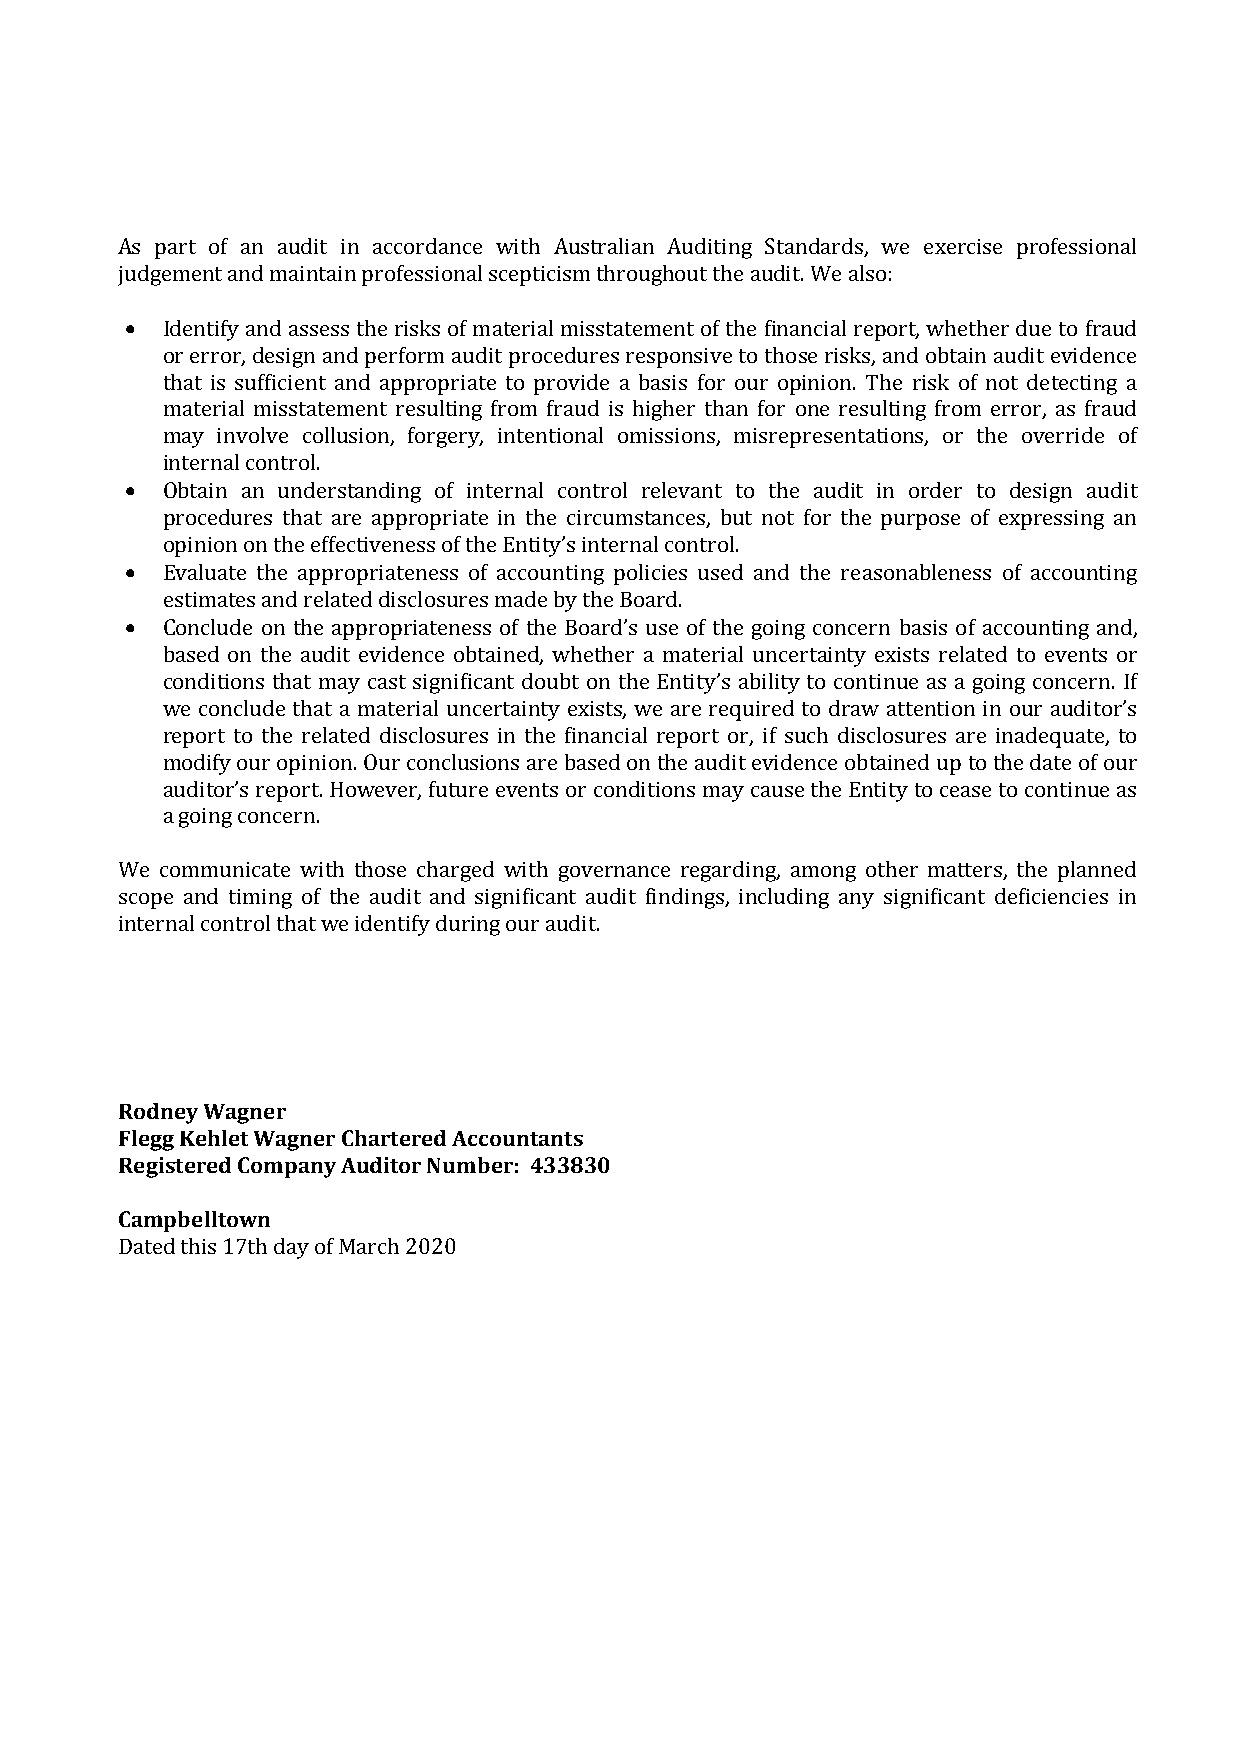
As part of an audit in accordance with Australian Auditing Standards, we exercise professional
 judgement and maintain professional scepticism throughout the audit. We also:
 •  Identify and assess the risks of material misstatement of the financial report, whether due to fraud
 or error, design and perform audit procedures responsive to those risks, and obtain audit evidence
 that is sufficient and appropriate to provide a basis for our opinion. The risk of not detecting a
 material misstatement resulting from fraud is higher than for one resulting from error, as fraud
 may involve collusion, forgery, intentional omissions, misrepresentations, or the override of
 internal control.
 •  Obtain an understanding of internal control relevant to the audit in order to design audit
 procedures that are appropriate in the circumstances, but not for the purpose of expressing an
 opinion on the effectiveness of the Entity’s internal control.
 •  Evaluate the appropriateness of accounting policies used and the reasonableness of accounting
 estimates and related disclosures made by the Board.
 •  Conclude on the appropriateness of the Board’s use of the going concern basis of accounting and,
 based on the audit evidence obtained, whether a material uncertainty exists related to events or
 conditions that may cast significant doubt on the Entity’s ability to continue as a going concern. If
 we conclude that a material uncertainty exists, we are required to draw attention in our auditor’s
 report to the related disclosures in the financial report or, if such disclosures are inadequate, to
 modify our opinion. Our conclusions are based on the audit evidence obtained up to the date of our
 auditor’s report. However, future events or conditions may cause the Entity to cease to continue as
 a going concern.
 We communicate with those charged with governance regarding, among other matters, the planned
 scope and timing of the audit and significant audit findings, including any significant deficiencies in
 internal control that we identify during our audit.
 Rodney Wagner
 Flegg Kehlet Wagner Chartered Accountants
 Registered Company Auditor Number: 433830
 Campbelltown
 Dated this 17th day of March 2020